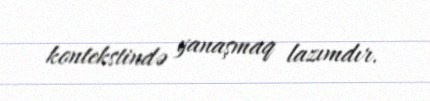
kontekstində yanaşmaq lazımdır.